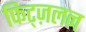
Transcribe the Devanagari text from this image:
फिट्ज़लन